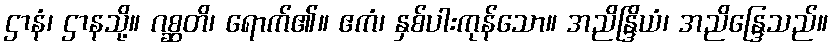
ဌာနံ၊ ဌာနသို့။ ဂစ္ဆတိ၊ ရောက်၏။ ဧကံ၊ နှစ်ပါးကုန်သော။ အညိန္ဒြိယံ၊ အညိန္ဒြေသည်။